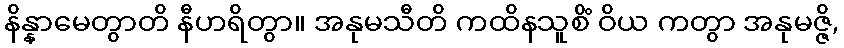
နိန္နာမေတွာတိ နီဟရိတွာ။ အနုမသီတိ ကထိနသူစိံ ဝိယ ကတွာ အနုမဇ္ဇိ,